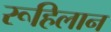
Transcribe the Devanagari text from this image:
रूहिलान